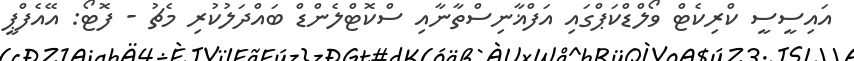
އައިސީސީ ކްރިކެޓް ވޯލްޑްކަޕްގައި އަފްޣާނިސްތާނާއި ސްކޮޓްލެންޑް ބައްދަލުކުރި މެޗު - ފޮޓޯ: އޭއެފްޕީ